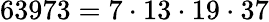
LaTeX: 63973=7\cdot 13\cdot 19\cdot 37